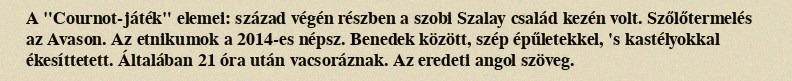
A "Cournot-játék" elemei: század végén részben a szobi Szalay család kezén volt. Szőlőtermelés az Avason. Az etnikumok a 2014-es népsz. Benedek között, szép épűletekkel, 's kastélyokkal ékesíttetett. Általában 21 óra után vacsoráznak. Az eredeti angol szöveg.